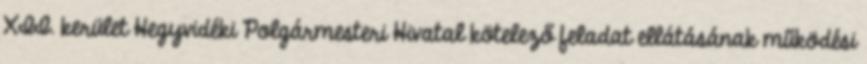
XII. kerület Hegyvidéki Polgármesteri Hivatal kötelező feladat ellátásának működési